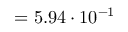
= 5 . 9 4 \cdot 1 0 ^ { - 1 }